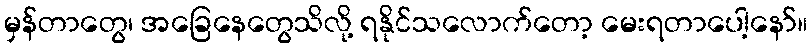
မှန်တာတွေ၊ အခြေနေတွေသိလို့ ရနိုင်သလောက်တော့ မေးရတာပေါ့နော်။